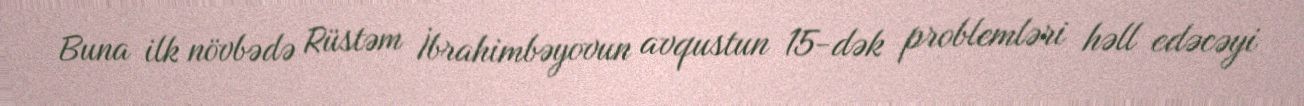
Buna ilk növbədə Rüstəm İbrahimbəyovun avqustun 15-dək problemləri həll edəcəyi